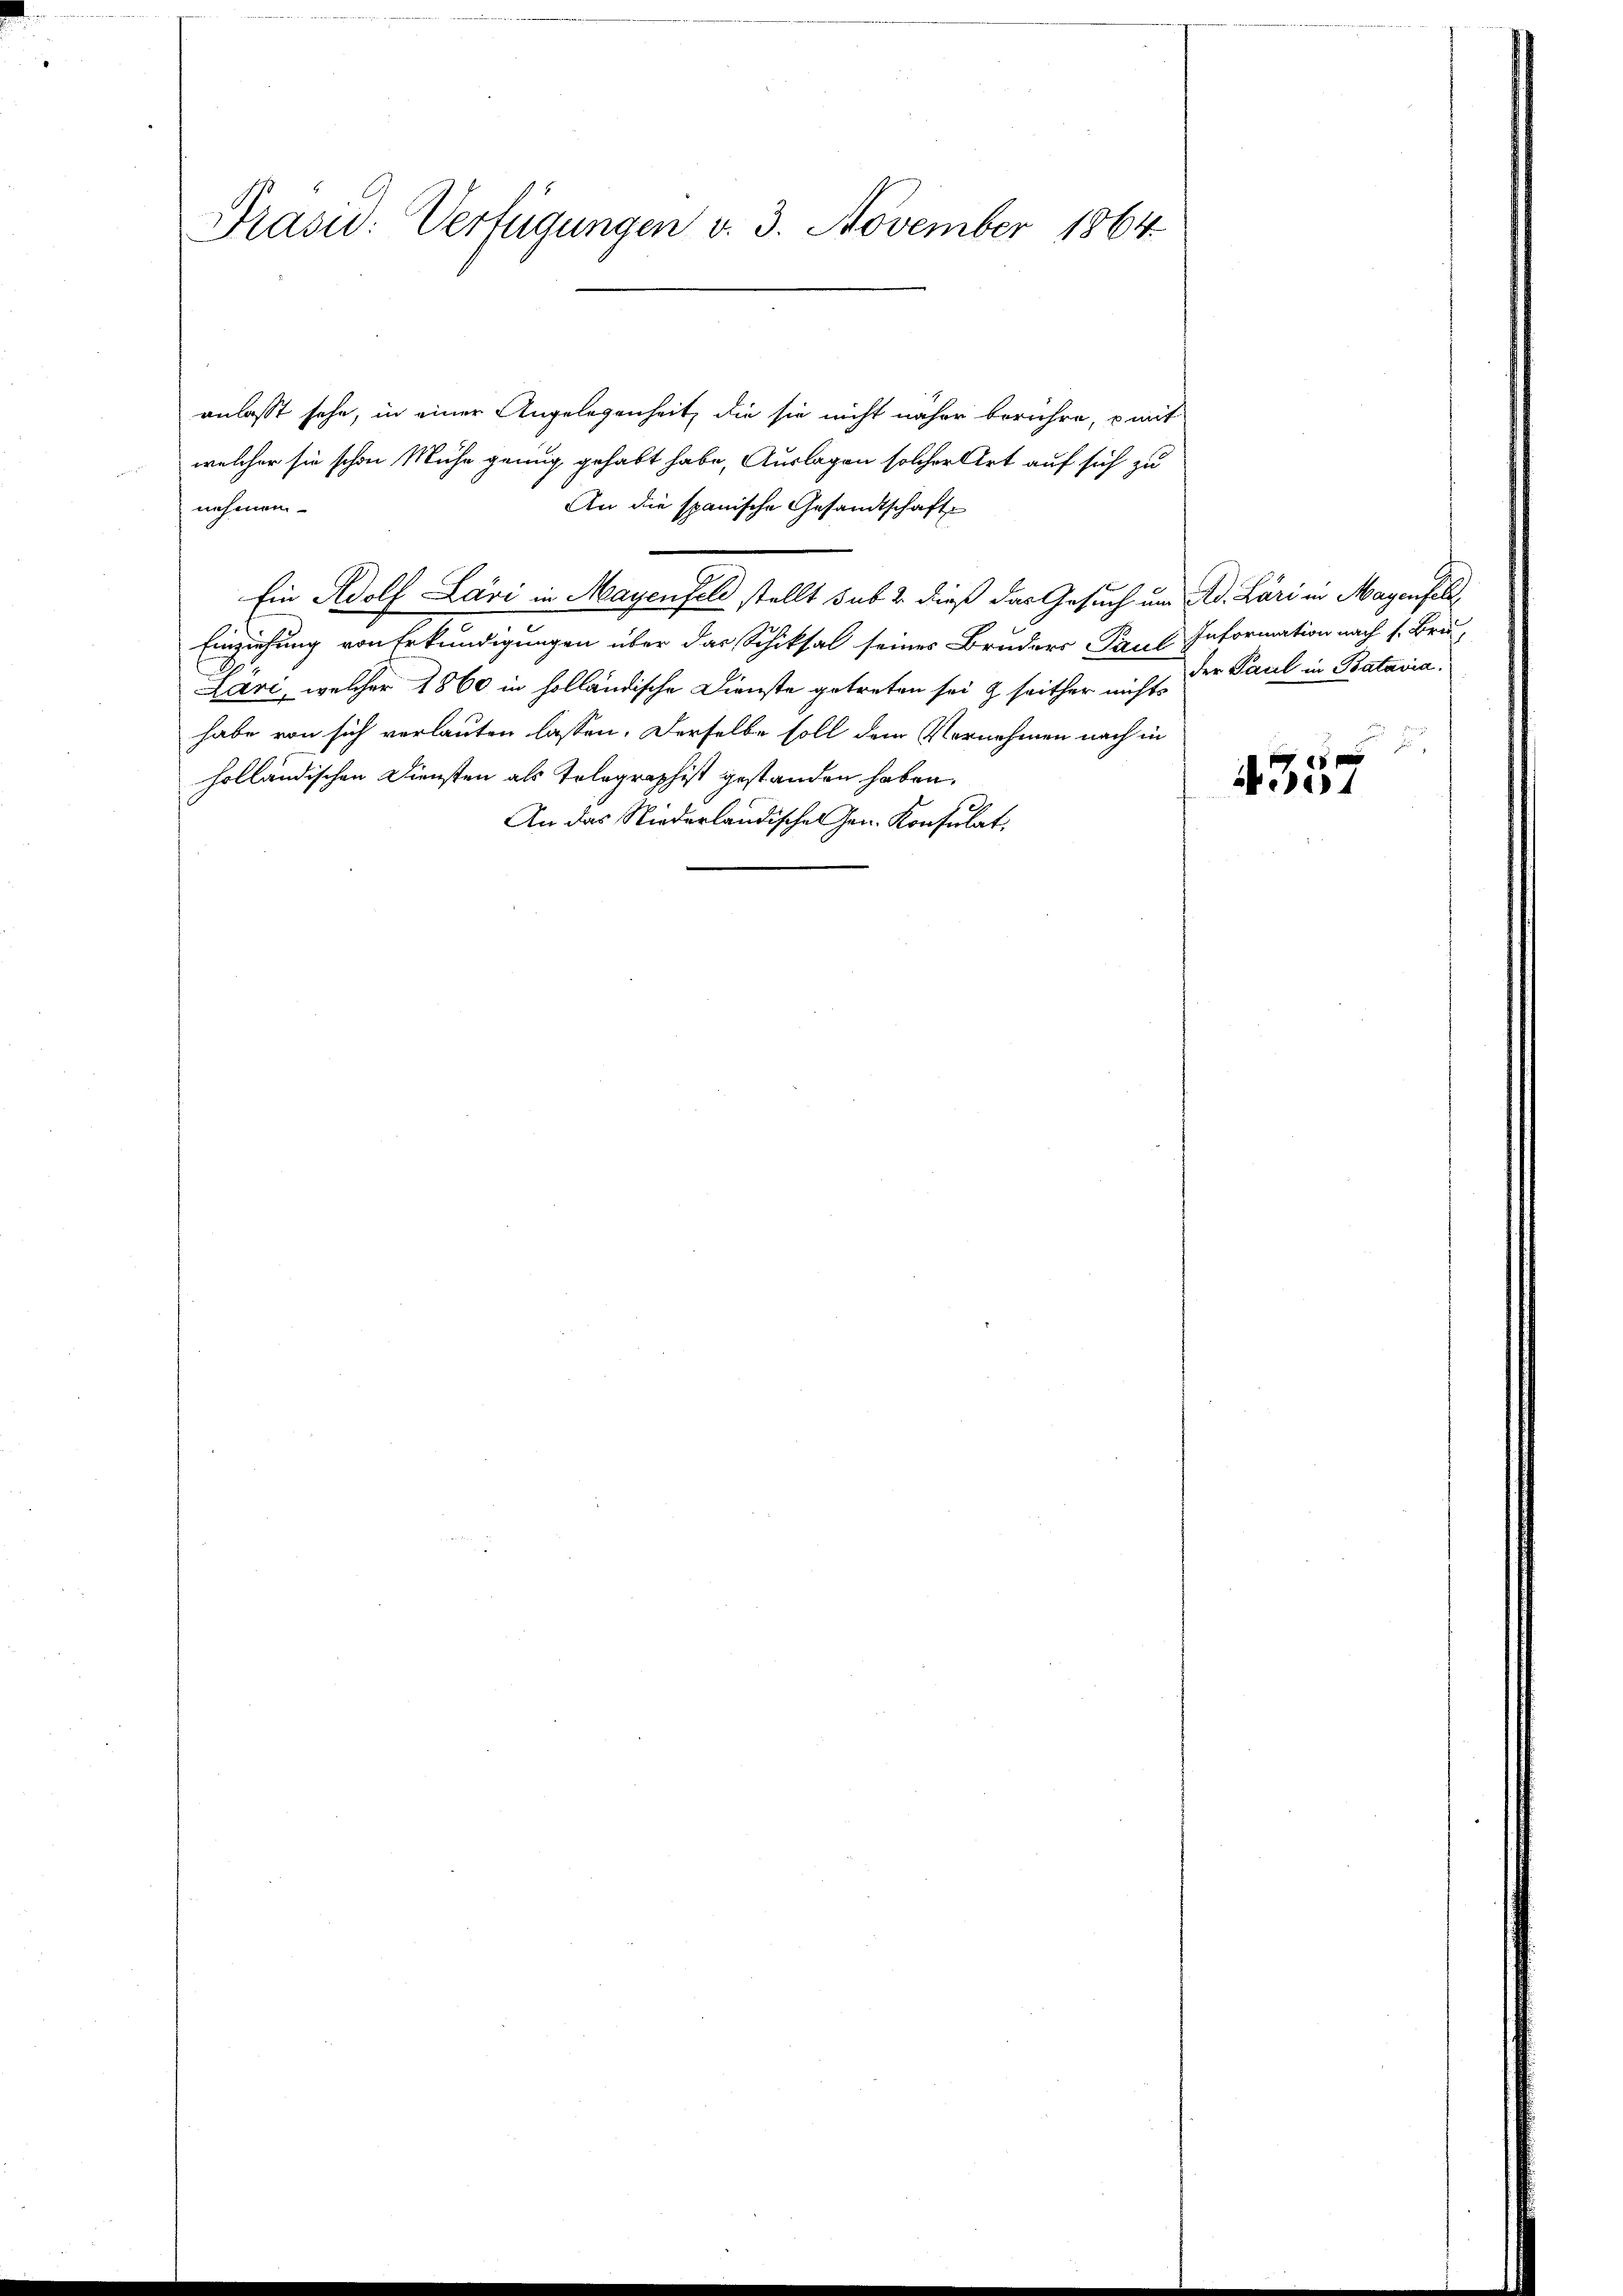
Präsid: Verfügungen v. 3. November 1864.

anlasst sehe, in einer Angelegenheit, die sie nicht näher berühre, c mit
welcher sie schon Mühe genug gehabt habe, Auslagen solcher Art auf sich zu
An die spanische Gesandtschaft
nehmen.
Ein Adolf Lavi in Mayenfeld stellt sub 2 dieß das Gesuch um Ad. Läri in Magenfell,
Einziehung von Erkundigungen über das Schiksal seines Bruders Paul Information nach 1. Bru
Lari, welcher 1860 in holländische Dienste getreten sei & seither nicht der Paul in Batavia:
habe von sich verlauten lassen. Derselbe soll dem Vornehmen nach in
holländischen Diensten als Tolographist gestanden haben.
An das Niederländischen Gen. Konsulat

F

4357